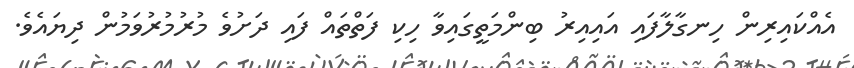
އެއްކައިރިން ހިނގާލާފައި އައިއިރު ބިންމަތީގައިވާ ހިކި ފަތްތައް ފައި ދަށުވެ މުރުމުރުވަމުން ދިޔައެވެ.